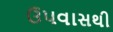
ઉપવાસથી